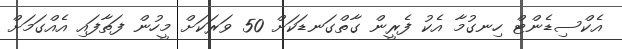
އެކްސިޑެންޓް ހިނގުމާ އެކު ފެރީން ގާތްގަނޑަކަށް 50 ވަރަކަށް މީހުން ފަތާފައި އެއްގަމަށް